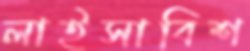
লাইসাবিশ